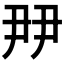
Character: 𡱉